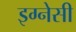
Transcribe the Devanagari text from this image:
इग्नेसी